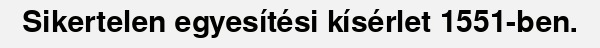
Sikertelen egyesítési kísérlet 1551-ben.